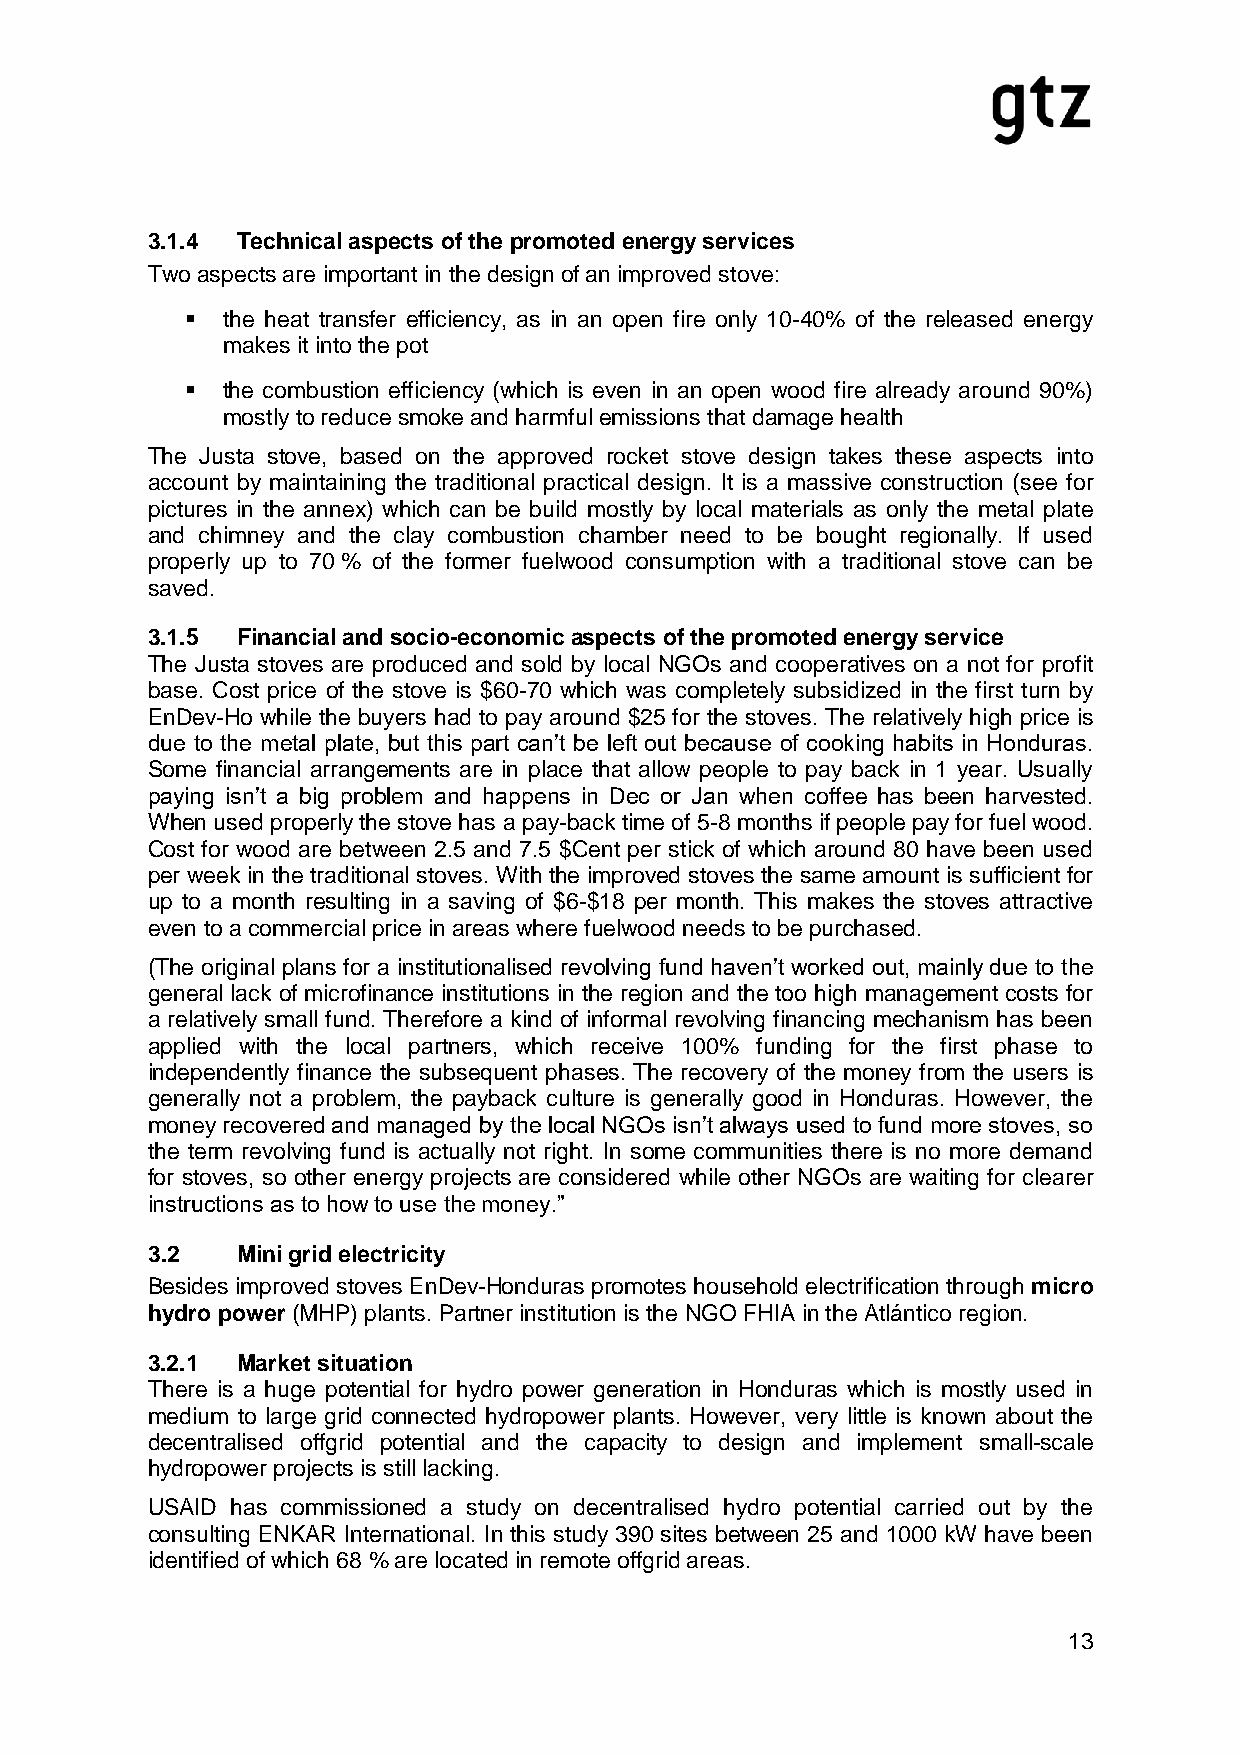
3.1.4 Technical aspects of the promoted energy services
 Two aspects are important in the design of an improved stove:
   the heat transfer efficiency, as in an open fire only 10-40% of the released energy
 makes it into the pot
   the combustion efficiency (which is even in an open wood fire already around 90%)
 mostly to reduce smoke and harmful emissions that damage health
 The Justa stove, based on the approved rocket stove design takes these aspects into
 account by maintaining the traditional practical design. It is a massive construction (see for
 pictures in the annex) which can be build mostly by local materials as only the metal plate
 and chimney and the clay combustion chamber need to be bought regionally. If used
 properly up to 70 % of the former fuelwood consumption with a traditional stove can be
 saved.
 3.1.5 Financial and socio-economic aspects of the promoted energy service
 The Justa stoves are produced and sold by local NGOs and cooperatives on a not for profit
 base. Cost price of the stove is $60-70 which was completely subsidized in the first turn by
 EnDev-Ho while the buyers had to pay around $25 for the stoves. The relatively high price is
 due to the metal plate, but this part can’t be left out because of cooking habits in Honduras.
 Some financial arrangements are in place that allow people to pay back in 1 year. Usually
 paying isn’t a big problem and happens in Dec or Jan when coffee has been harvested.
 When used properly the stove has a pay-back time of 5-8 months if people pay for fuel wood.
 Cost for wood are between 2.5 and 7.5 $Cent per stick of which around 80 have been used
 per week in the traditional stoves. With the improved stoves the same amount is sufficient for
 up to a month resulting in a saving of $6-$18 per month. This makes the stoves attractive
 even to a commercial price in areas where fuelwood needs to be purchased.
 (The original plans for a institutionalised revolving fund haven’t worked out, mainly due to the
 general lack of microfinance institutions in the region and the too high management costs for
 a relatively small fund. Therefore a kind of informal revolving financing mechanism has been
 applied with the local partners, which receive 100% funding for the first phase to
 independently finance the subsequent phases. The recovery of the money from the users is
 generally not a problem, the payback culture is generally good in Honduras. However, the
 money recovered and managed by the local NGOs isn’t always used to fund more stoves, so
 the term revolving fund is actually not right. In some communities there is no more demand
 for stoves, so other energy projects are considered while other NGOs are waiting for clearer
 instructions as to how to use the money.”
 3.2   Mini grid electricity
 Besides improved stoves EnDev-Honduras promotes household electrification through micro
 hydro power (MHP) plants. Partner institution is the NGO FHIA in the Atlántico region.
 3.2.1 Market situation
 There is a huge potential for hydro power generation in Honduras which is mostly used in
 medium to large grid connected hydropower plants. However, very little is known about the
 decentralised offgrid potential and the capacity to design and implement small-scale
 hydropower projects is still lacking.
 USAID has commissioned a study on decentralised hydro potential carried out by the
 consulting ENKAR International. In this study 390 sites between 25 and 1000 kW have been
 identified of which 68 % are located in remote offgrid areas.
 13